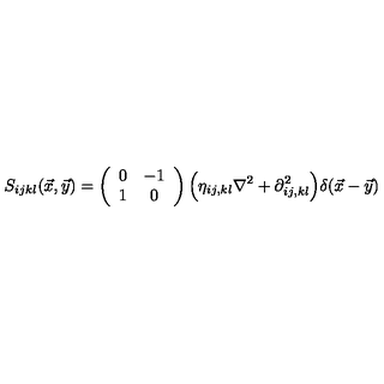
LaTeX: S _ { i j k l } ( \vec { x } , \vec { y } ) = \left( \begin{array} { c c } { 0 } & { - 1 } \\ { 1 } & { 0 } \\ \end{array} \right) \Bigl ( \eta _ { i j , k l } \nabla ^ { 2 } + \partial _ { i j , k l } ^ { 2 } \Bigr ) \delta ( \vec { x } - \vec { y } )